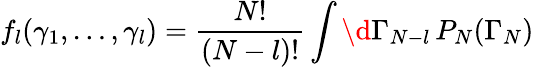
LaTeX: f_{l}(\gamma_{1},\dots,\gamma_{l})=\frac{N!}{(N-l)!}\int\d\Gamma_{N-l}\, P_{N}(\Gamma_{N})